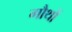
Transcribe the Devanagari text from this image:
गौथों